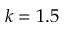
k = 1 . 5